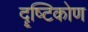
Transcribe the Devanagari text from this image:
दॄष्‍टिकोण